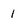
Character: i